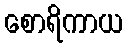
စောရိကာယ